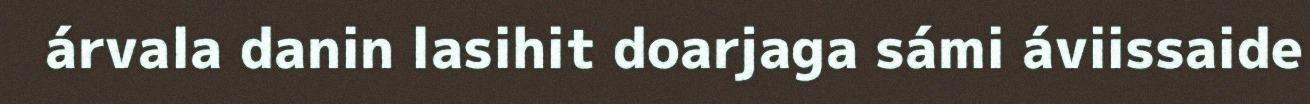
árvala danin lasihit doarjaga sámi áviissaide